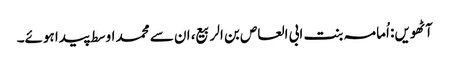
آٹھویں: اُمامہ بنت ابی العاص بن الربیع، ان سے محمد اوسط پیدا ہوئے۔